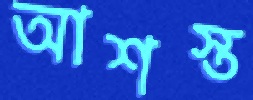
আশস্ত